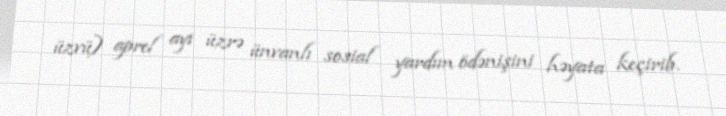
üzvü) aprel ayı üzrə ünvanlı sosial yardım ödənişini həyata keçirib.